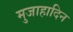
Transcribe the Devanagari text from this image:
मुजाहादिन